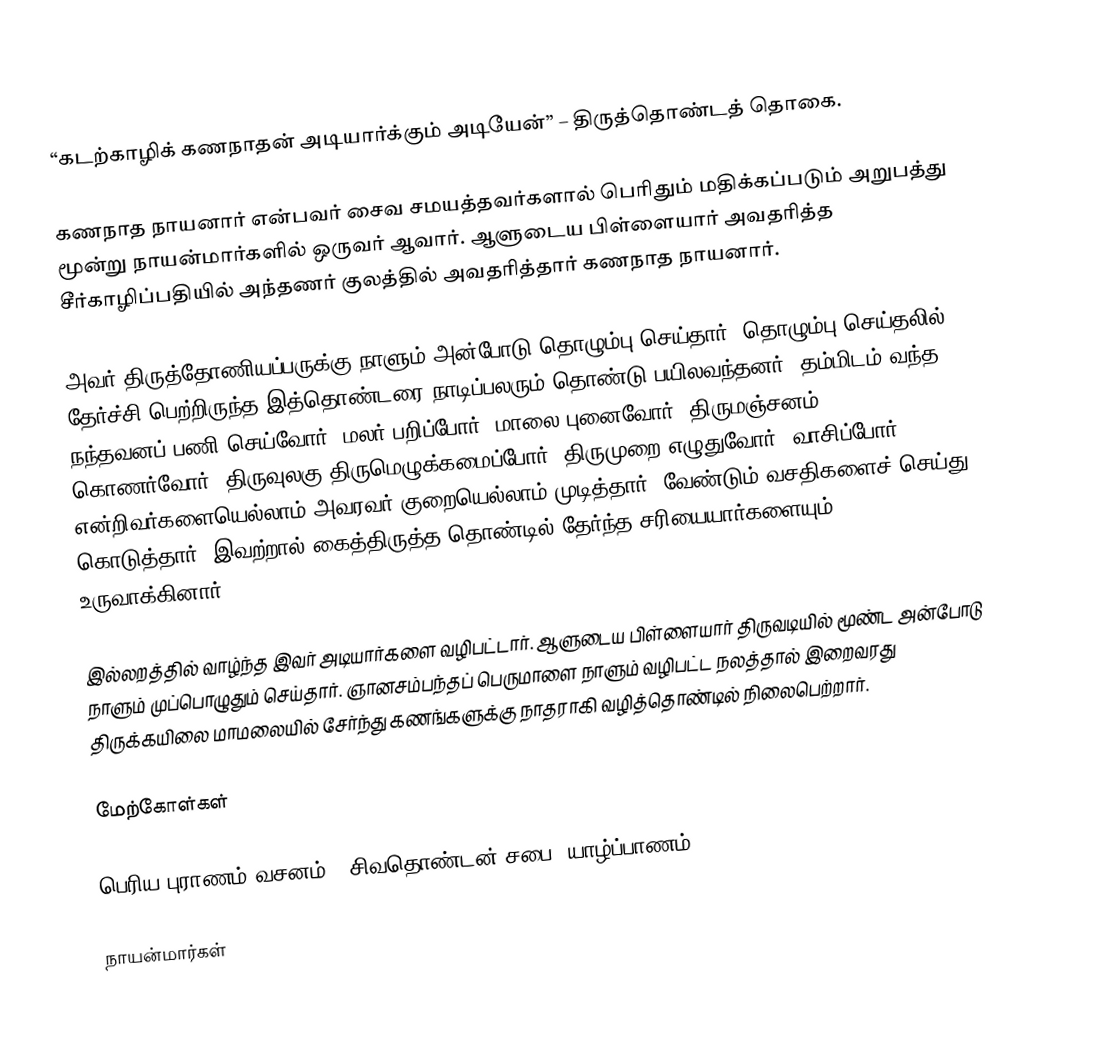
“கடற்காழிக் கணநாதன் அடியார்க்கும் அடியேன்” – திருத்தொண்டத் தொகை.

கணநாத நாயனார் என்பவர் சைவ சமயத்தவர்களால் பெரிதும் மதிக்கப்படும் அறுபத்து மூன்று நாயன்மார்களில் ஒருவர் ஆவார். ஆளுடைய பிள்ளையார் அவதரித்த சீர்காழிப்பதியில் அந்தணர் குலத்தில் அவதரித்தார் கணநாத நாயனார்.

அவர் திருத்தோணியப்பருக்கு நாளும் அன்போடு தொழும்பு செய்தார். தொழும்பு செய்தலில் தேர்ச்சி பெற்றிருந்த இத்தொண்டரை நாடிப்பலரும் தொண்டு பயிலவந்தனர். தம்மிடம் வந்த நந்தவனப் பணி செய்வோர், மலர் பறிப்போர், மாலை புனைவோர், திருமஞ்சனம் கொணர்வோர், திருவுலகு திருமெழுக்கமைப்போர், திருமுறை எழுதுவோர், வாசிப்போர்  என்றிவர்களையெல்லாம் அவரவர் குறையெல்லாம் முடித்தார். வேண்டும் வசதிகளைச் செய்து கொடுத்தார். இவற்றால் கைத்திருத்த தொண்டில் தேர்ந்த சரியையார்களையும் உருவாக்கினார்.

இல்லறத்தில் வாழ்ந்த இவர் அடியார்களை வழிபட்டார். ஆளுடைய பிள்ளையார் திருவடியில் மூண்ட அன்போடு நாளும் முப்பொழுதும் செய்தார். ஞானசம்பந்தப் பெருமாளை நாளும் வழிபட்ட நலத்தால் இறைவரது திருக்கயிலை மாமலையில் சேர்ந்து கணங்களுக்கு நாதராகி வழித்தொண்டில் நிலைபெற்றார்.

மேற்கோள்கள்

பெரிய புராணம் வசனம் - சிவதொண்டன் சபை, யாழ்ப்பாணம்

நாயன்மார்கள்